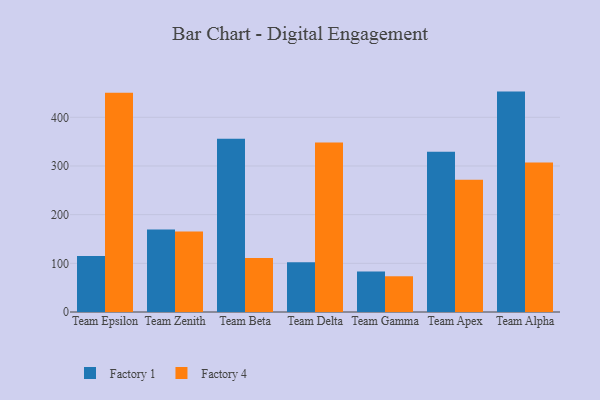
{"axis": {"x": "Team", "y": "Active Users"}, "legend": ["Factory 1", "Factory 4"], "data": [{"x": "Team Epsilon", "y": 114.9, "type": "Factory 1"}, {"x": "Team Epsilon", "y": 450.3, "type": "Factory 4"}, {"x": "Team Zenith", "y": 169.3, "type": "Factory 1"}, {"x": "Team Zenith", "y": 165.3, "type": "Factory 4"}, {"x": "Team Beta", "y": 356.1, "type": "Factory 1"}, {"x": "Team Beta", "y": 110.7, "type": "Factory 4"}, {"x": "Team Delta", "y": 102.4, "type": "Factory 1"}, {"x": "Team Delta", "y": 348.4, "type": "Factory 4"}, {"x": "Team Gamma", "y": 83.2, "type": "Factory 1"}, {"x": "Team Gamma", "y": 73.4, "type": "Factory 4"}, {"x": "Team Apex", "y": 329.4, "type": "Factory 1"}, {"x": "Team Apex", "y": 271.7, "type": "Factory 4"}, {"x": "Team Alpha", "y": 452.8, "type": "Factory 1"}, {"x": "Team Alpha", "y": 307.2, "type": "Factory 4"}]}